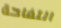
التفاحة